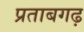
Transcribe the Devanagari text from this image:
प्रताबगढ़